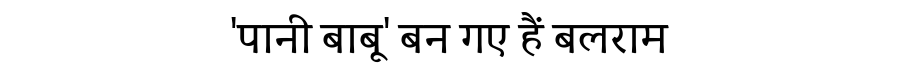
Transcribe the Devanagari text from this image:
'पानी बाबू' बन गए हैं बलराम